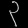
Digit: ၃